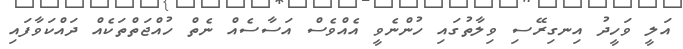
އަލީ ވަހީދު އިނގިރޭސި ވިލާތުގައި ހުންނެވީ އެއްވެސް އަސާސެއް ނެތް ހުއްޖަތްތަކެއް ދައްކަވާފައި